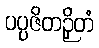
ပပ္ပဇိတဉှိတံ